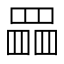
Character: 𦋹